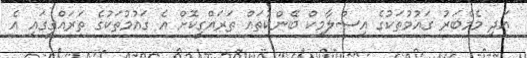
އަދި މެމްބަރު ގައުމުތަކުގެ އިސްލާމިކް ބޭންކުތައް ތަރައްގީކޮށް އެ ގައުމުތަކުގެ ތަރައްގީގައި އެ